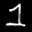
Label: 1